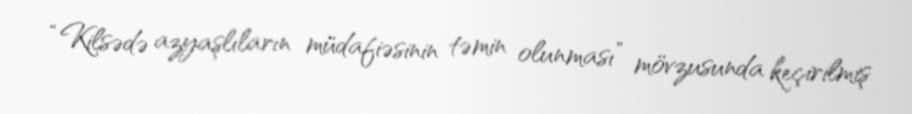
“Kilsədə azyaşlıların müdafiəsinin təmin olunması” mövzusunda keçirilmiş